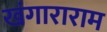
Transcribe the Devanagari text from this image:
खंगाराराम